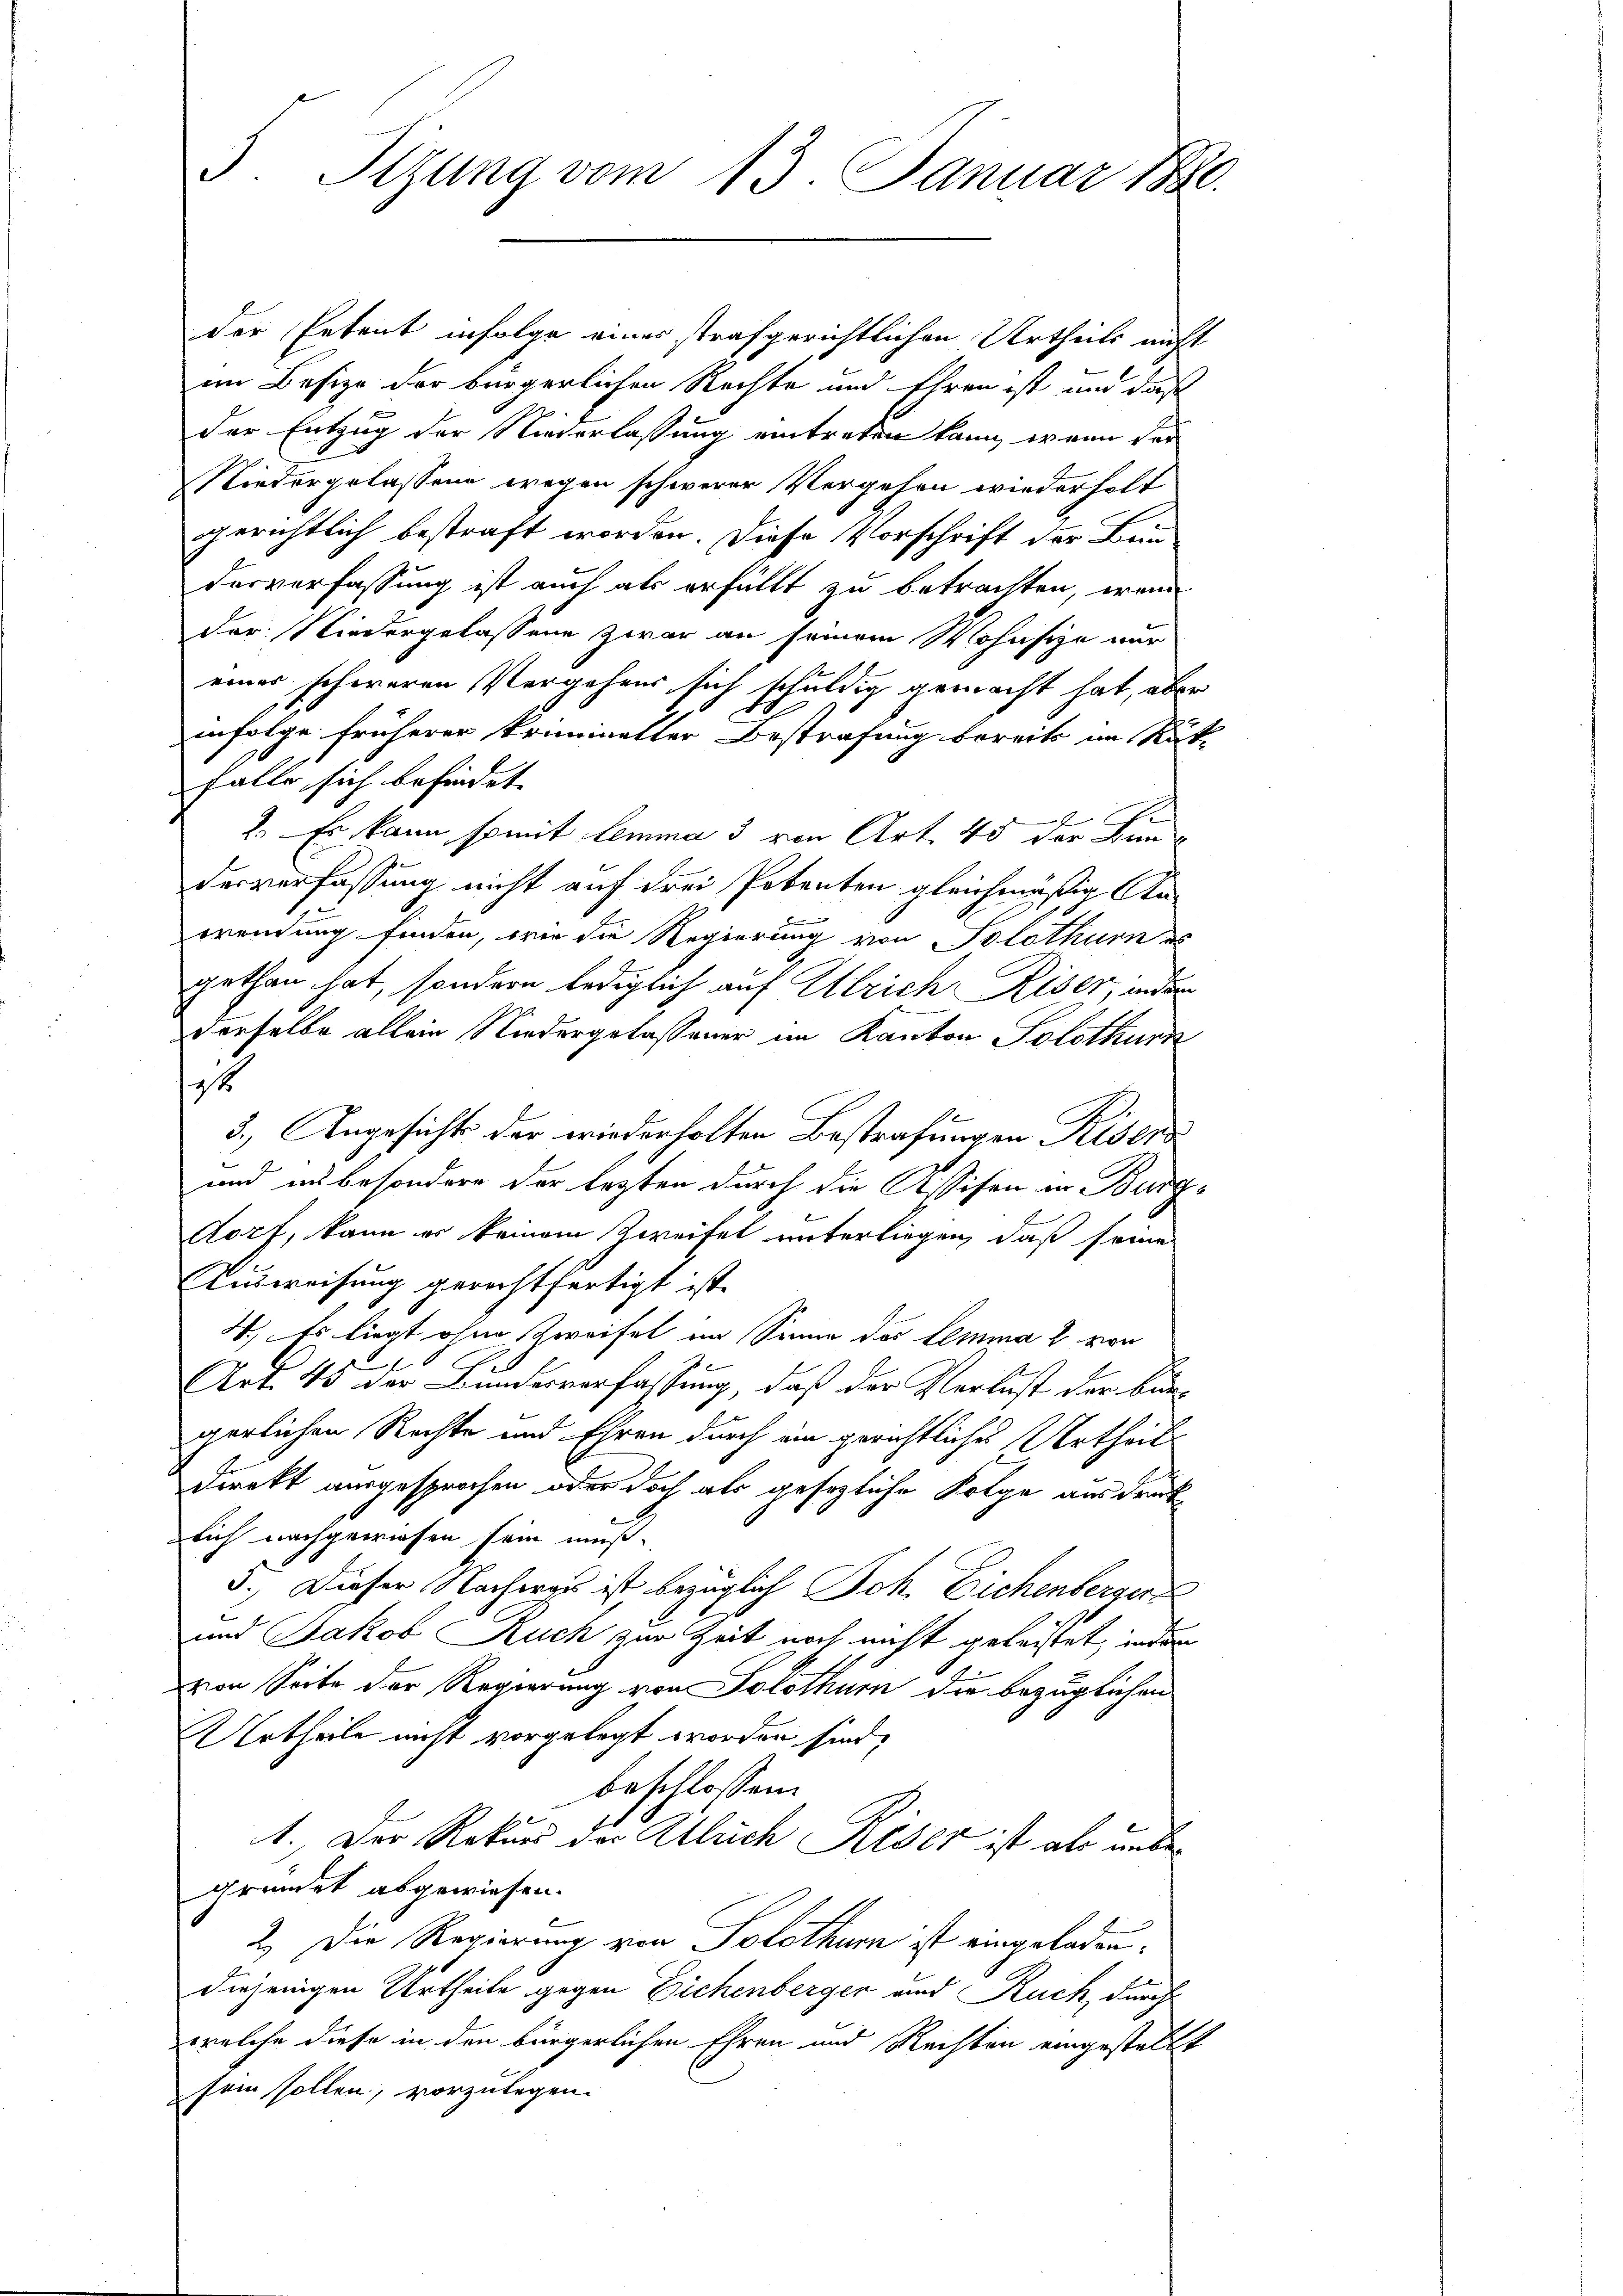
5. Sizung vom 13. Januar 1880.

der Petent infolge eines strafgerichtlichen Urtheils nicht
im Besize der bürgerlichen Rechte und Ehren ist und daß
der Entzug der Naterlassung eintreten kann, wenn der
Niedergelassene wegen schwerer Vergehen wiederholt
gerichtlich bestraft worden. Diese Vorschrift der Bau-
dorverfassung ist auch als erfüllt zu betrachten, wenn
der Niedergelassene zwar an seinem Wohnsitze nur
einer schweren Vergehens sich schuldig gemacht hat, aber
infolge früherer kriminatter Bestrafung bereits im Rück-
Falle sich befindet.

1. Es kann somit lemma 3 von Art. 45 der Bun
desverfassung nicht auf drei Potenten gleichmäßig Anwendung finden, wie die Regierung von Solothurn es
gethan hat, sondern lediglich auf Ulrich Riser, inder
derselbe allein Niedergelassener im Kanton Solothurn
1
3.) Angesichts der wiederholten Bestrafungen Riser
und insbesondere der lezten durch die Assisen in Burgdorf, kann er keinem Zweifel unterliegen, daß seine
Ausweisung gerechtfertigt ist.
4.) Es liegt ohne Zweifel im Sinne des Lemma 2 von
.
Art. 45 der Bundesverfassung, daß der Verlust der Bungerlichen Rechte und Ehren durch ein gerichtliches Urtheils
direkt ausgesprochen oder doch als gesezliche Folge ausdrück
lich nachgewiesen sein muß.
5.) Dieser Nachwas ist, bezüglich Joh. Eichenberger
und Jakob Ruch zur Zeit noch nicht geleistet, inder
von Seite der Regierung von Solothur die bezüglichen
Urtheile nicht vorgelegt worden sind,
beschlossen:
1. Der Rekurs der Alleich Riser ist als unbegründet abgewiesen.
2. Die Regierung von Solothum ist eingeladendiejenigen Urtheile gegen Eichenberger und Ruch, durch
welche diese in den bürgerlichen Ehren und Rechten eingestellt
sein sollen, vorzulegen.